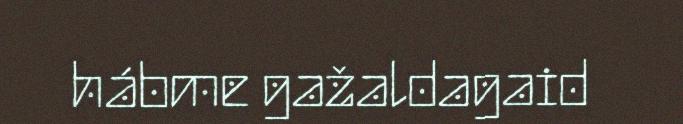
hábme gažaldagaid